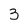
Character: 3